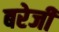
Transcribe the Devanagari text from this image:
बरेजी